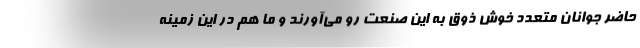
حاضر جوانان متعدد خوش ذوق به این صنعت رو می‌آورند و ما هم در این زمینه